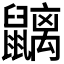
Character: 𪖂